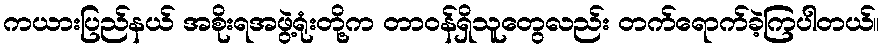
ကယားပြည်နယ် အစိုးရအဖွဲ့ရုံးတို့က တာဝန်ရှိသူတွေလည်း တက်ရောက်ခဲ့ကြပါတယ်။